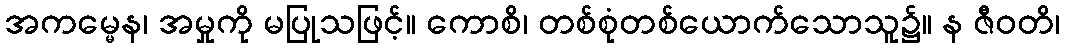
အကမ္မေန၊ အမှုကို မပြုသဖြင့်။ ကောစိ၊ တစ်စုံတစ်ယောက်သောသူ၌။ န ဇီဝတိ၊